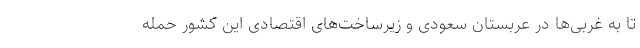
تا به غربی‌ها در عربستان سعودی و زیرساخت‌های اقتصادی این کشور حمله